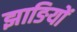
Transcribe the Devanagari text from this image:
झाङियों